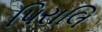
પિરાલિ